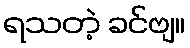
ရသတဲ့ ခင်ဗျ။